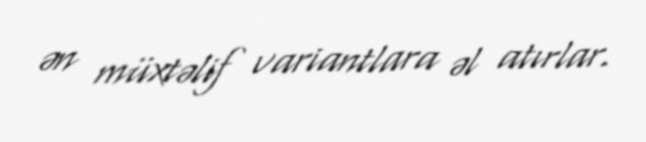
ən müxtəlif variantlara əl atırlar.